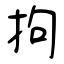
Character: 拘